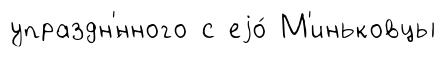
упраздн'́нного с еjо́ М'иньковцы